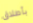
بأطلاق